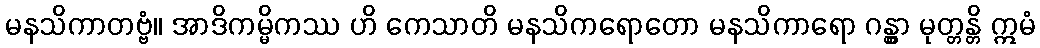
မနသိကာတဗ္ဗံ။ အာဒိကမ္မိကဿ ဟိ ကေသာတိ မနသိကရောတော မနသိကာရော ဂန္တွာ မုတ္တန္တိ ဣမံ